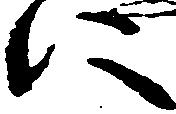
に